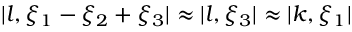
| l , \xi _ { 1 } - \xi _ { 2 } + \xi _ { 3 } | \approx | l , \xi _ { 3 } | \approx | k , \xi _ { 1 } |